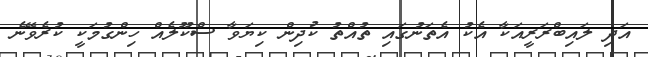
އަދި ލައިބްރަރީއަކާ އެކު އެތަނުގައި ތުއްތު ކުދިން ކިޔަވާ ސްކޫލެއް ހިންގުމަކީ ކުރެވޭނެ